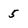
Character: 5